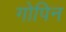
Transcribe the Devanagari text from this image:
गोपिन